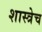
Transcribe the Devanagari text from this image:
शास्त्रेच